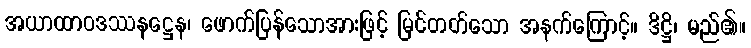
အယာထာဝဒဿနဋ္ဌေန၊ ဖောက်ပြန်သောအားဖြင့် မြင်တတ်သော အနက်ကြောင့်။ ဒိဋ္ဌိ၊ မည်၏။